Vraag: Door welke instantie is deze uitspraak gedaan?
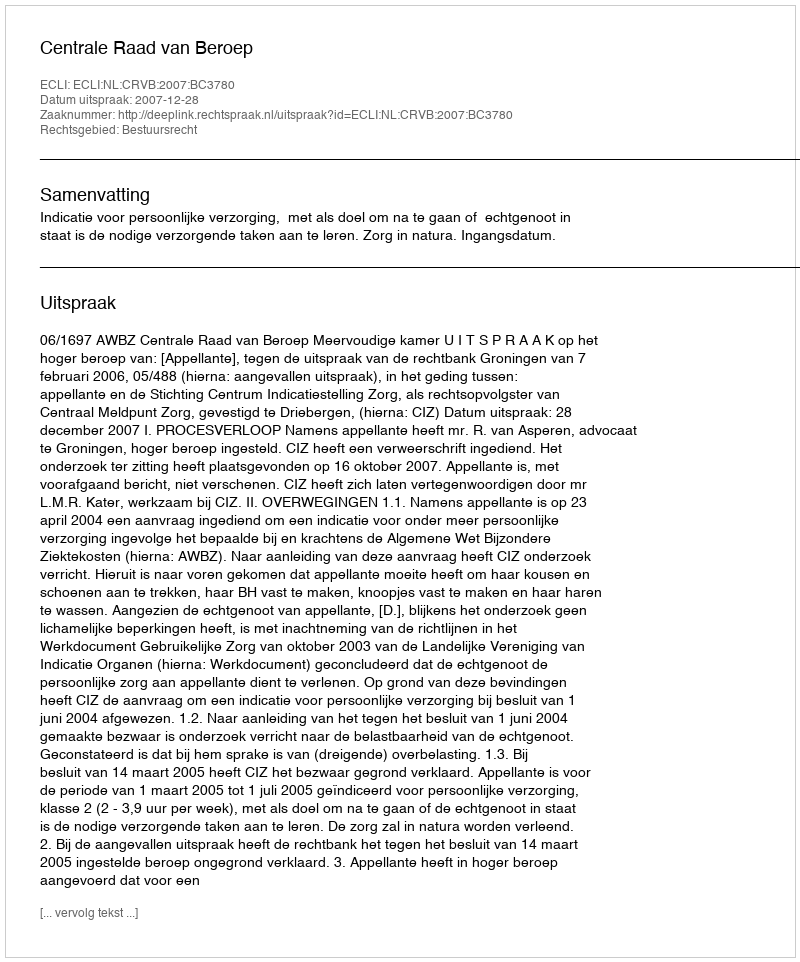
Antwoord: Centrale Raad van Beroep